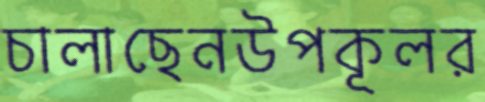
চালাছেনউপকূলর